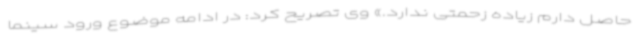
حاصل دارم زیاده زحمتی ندارد.» وی تصریح کرد: در ادامه موضوع ورود سینما